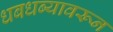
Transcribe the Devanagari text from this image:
धबधब्यावरून